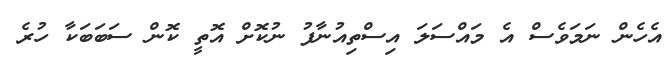
އެހެން ނަމަވެސް އެ މައްސަލަ އިސްތިއުނާފު ނުކޮށް އޮތީ ކޮން ސަބަބަކާ ހުރެ